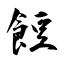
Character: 餖